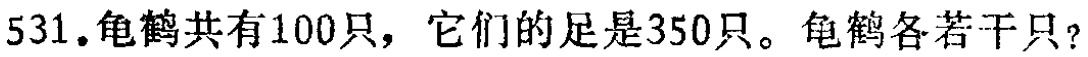
531.龟鹤共有100只，它们的足是350只。龟鹤各若干只？